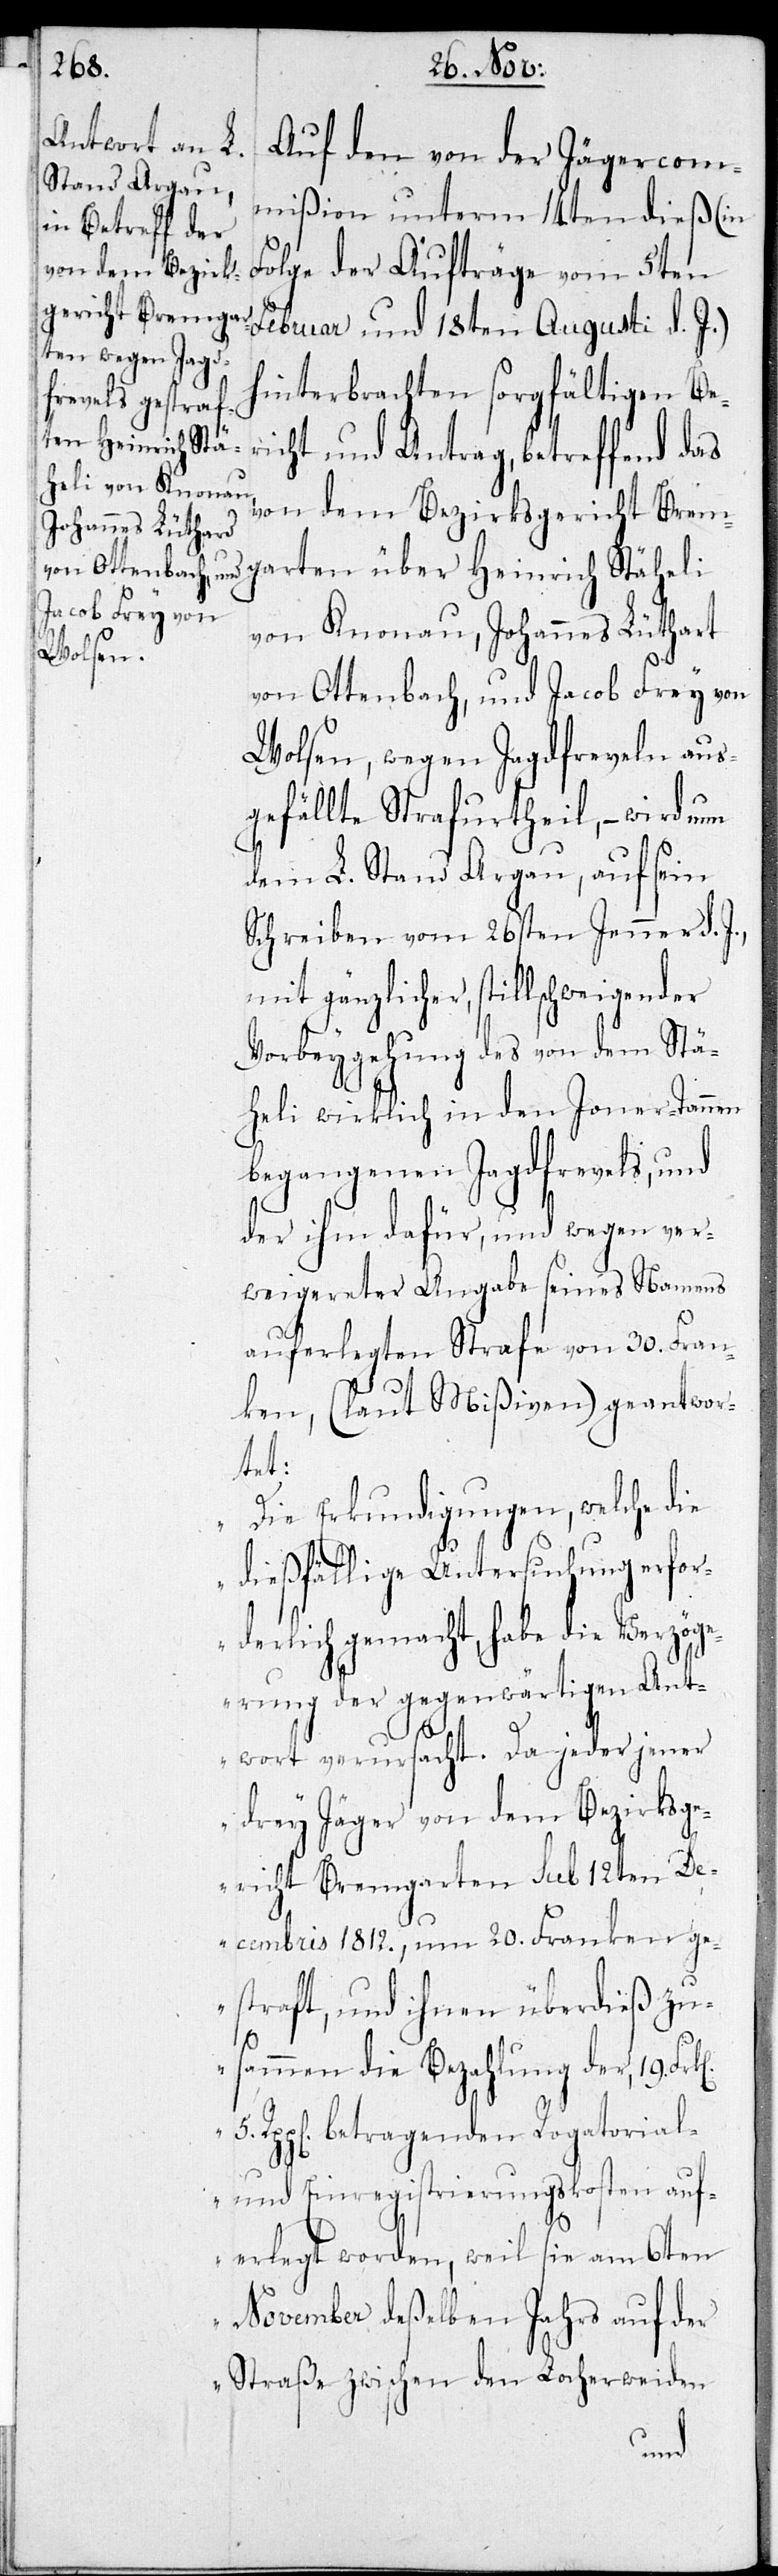
5.

Auf den von der Jägercom¬
mißion unterm 14ten dieß (in
Folge der Aufträge vom 5ten
Februar und 18ten Augusti d. J.)
hinterbrachten sorgfältigen Be¬
richt und Antrag, betreffend das
von dem Bezirksgericht Brem¬
garten über Heinrich Stäheli
von Knonau, Johannes Lüthard
von Ottenbach, und Jacob Frey von
Wolsen, wegen Jagdfreveln aus¬
gefällte Strafurtheil, – wird nun
dem L. Stand Aargau, auf sein
Schreiben vom 26sten Jenner d.
mit gänzlicher, stillschweigender
Vorbeygehung des von dem Stä¬
heli wirklich in den Joner-Tannen
begangenen Jagdfrevels, und
der ihm dafür, und wegen ver¬
weigereter Angabe seines Namens
auferlegten Strafe von 30. Fran¬
ken, (laut Mißiven) geantwor¬
tet:
„Die Erkundigungen, welche die
dießfällige Untersuchung erfor¬
derlich gemacht, habe die Verzög¬
erung der gegenwärtigen Ant¬
wort verursacht. Da jeder jener
drey Jäger von dem Bezirksge¬
richt Bremgarten sub 12ten D¬
ecembris 1812., um 20. Franken ge¬
straft, und ihnen überdieß zu¬
sammen die Bezahlung der 19. Frk.
Rppen. betragenden Rogatorial-
und Einregistrierungskosten auf¬
erlegt worden, weil sie am 6ten
November deßelben Jahrs auf der
Straße zwischen den Locherweiden